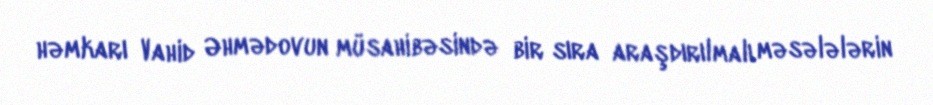
həmkarı Vahid Əhmədovun müsahibəsində bir sıra araşdırılmalı məsələlərin